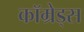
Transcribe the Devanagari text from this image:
कॉम्रेड्स